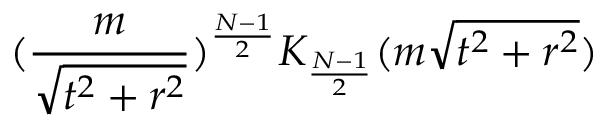
( \frac { m } { \sqrt { t ^ { 2 } + r ^ { 2 } } } ) ^ { \frac { N - 1 } { 2 } } K _ { \frac { N - 1 } { 2 } } ( m \sqrt { t ^ { 2 } + r ^ { 2 } } )